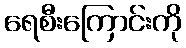
ရေစီးကြောင်းကို